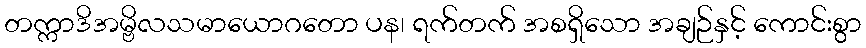
တက္ကာဒိအမ္ဗိလသမာယောဂတော ပန၊ ရက်တက် အစရှိသော အချဉ်နှင့် ကောင်းစွာ